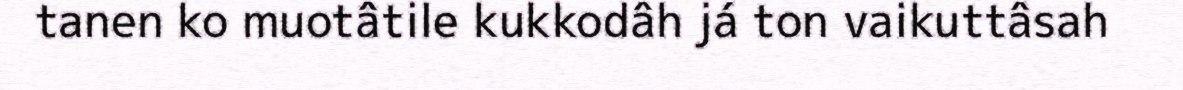
tanen ko muotâtile kukkodâh já ton vaikuttâsah